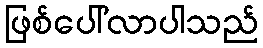
ဖြစ်ပေါ်လာပါသည်